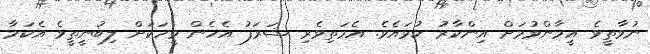
ނުވާތީވެ އީމާންވުމަށް އިންކާރު ކުޅައެވެ. އެމަތިވެރި ޝަރަފު އެހެން މީހަކަށް ލިބުނީތީވެ އެކަމާ